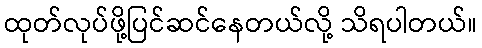
ထုတ်လုပ်ဖို့ပြင်ဆင်နေတယ်လို့ သိရပါတယ်။